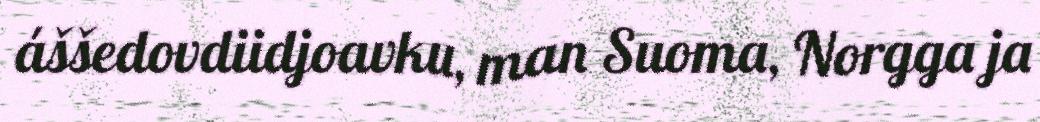
áššedovdiidjoavku, man Suoma, Norgga ja